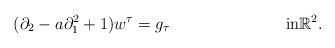
LaTeX: \begin{align*}(\partial_2 - a \partial_1^2 +1 ) w^{\tau} & = g_{\tau} && \textrm{in} \mathbb{R}^2.\end{align*}